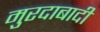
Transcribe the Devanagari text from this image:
मुरदाबादी